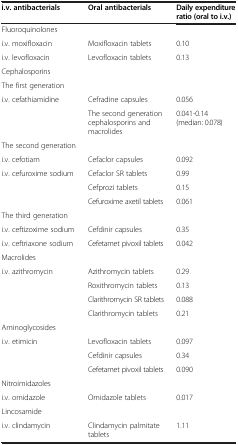
| i.v. antibacterials | Oral antibacterials | Daily expenditure ratio (oral to i.v.) |
 | --- | --- | --- |
 | Fluoroquinolones |  |  |
 | i.v. moxifloxacin | Moxifloxacin tablets | 0.10 |
 | i.v. levofloxacin | Levofloxacin tablets | 0.13 |
 | Cephalosporins |  |  |
 | The first generation |  |  |
 | <ROWSPAN=2> i.v. cefathiamidine | Cefradine capsules | 0.056 |
 | The second generation cephalosporins and macrolides | 0.041-0.14 (median: 0.078) |
 | The second generation |  |  |
 | i.v. cefotiam | Cefaclor capsules | 0.092 |
 | i.v. cefuroxime sodium | Cefaclor SR tablets | 0.99 |
 |  | Cefprozi tablets | 0.15 |
 |  | Cefuroxime axetil tablets | 0.061 |
 | The third generation |  |  |
 | i.v. ceftizoxime sodium | Cefdinir capsules | 0.35 |
 | i.v. ceftriaxone sodium | Cefetamet pivoxil tablets | 0.042 |
 | Macrolides |  |  |
 | i.v. azithromycin | Azithromycin tablets | 0.29 |
 |  | Roxithromycin tablets | 0.13 |
 |  | Clarithromycin SR tablets | 0.088 |
 |  | Clarithromycin tablets | 0.21 |
 | Aminoglycosides |  |  |
 | i.v. etimicin | Levofloxacin tablets | 0.097 |
 |  | Cefdinir capsules | 0.34 |
 |  | Cefetamet pivoxil tablets | 0.090 |
 | Nitroimidazoles |  |  |
 | i.v. ornidazole | Ornidazole tablets | 0.017 |
 | Lincosamide |  |  |
 | i.v. clindamycin | Clindamycin palmitate tablets | 1.11 |